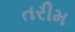
તરીમ